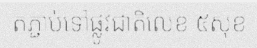
តភ្ជាប់ទៅផ្លូវជាតិលេខ ៥សុខ